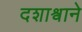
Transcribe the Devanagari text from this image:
दशाश्वाने